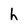
Character: h